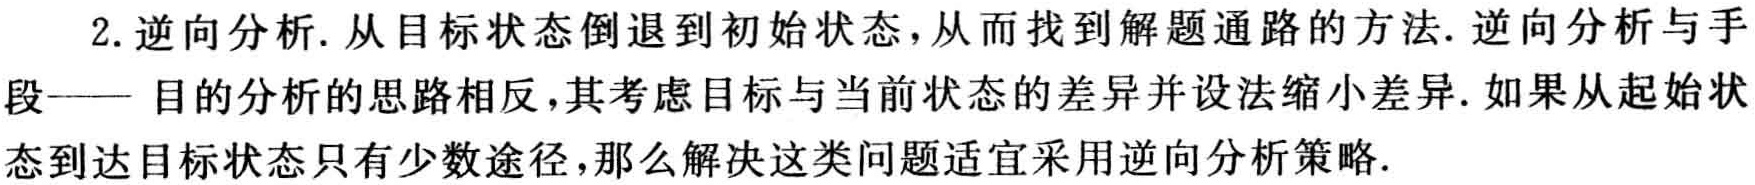
2. 逆向分析. 从目标状态倒退到初始状态, 从而找到解题通路的方法. 逆向分析与手段—— 目的分析的思路相反, 其考虑目标与当前状态的差异并设法缩小差异. 如果从起始状态到达目标状态只有少数途径, 那么解决这类问题适宜采用逆向分析策略.